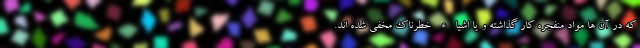
که در آن ها مواد منفجره کار گذاشته و یا اشیاء خطرناک مخفی شده اند.